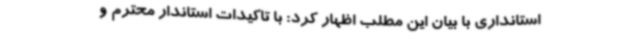
استانداری با بیان این مطلب اظهار کرد: با تاکیدات استاندار محترم و